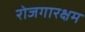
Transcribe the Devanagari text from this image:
रोजगारक्षम